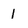
Character: I